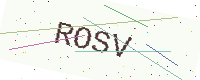
Text: ROSV